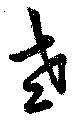
老